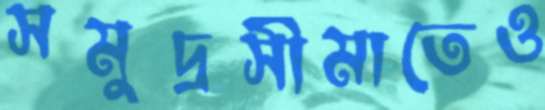
সমুদ্রসীমাতেও